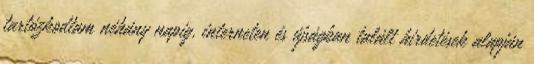
tartózkodtam néhány napig, interneten és újságban talált hirdetések alapján